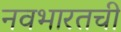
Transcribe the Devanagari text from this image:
नवभारतची